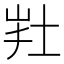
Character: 𡊽